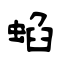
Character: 蜭